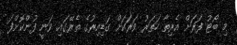
މި ބޯޓު ފަރަށް އެރިތާ ހަތަރު ވަރަކަށް ގަޑިއިރުގެ ތެރޭގައި ވަނީ ފުންކޮށްފަ